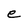
Character: e